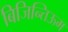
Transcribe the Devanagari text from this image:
बिजिन्तिऊम